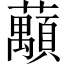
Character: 𱿂